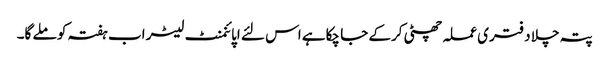
پتہ چلا دفتری عملہ چھٹی کرکے جا چکاہے اس لئے اپائنمنٹ لیٹر اب ہفتہ کو ملے گا۔